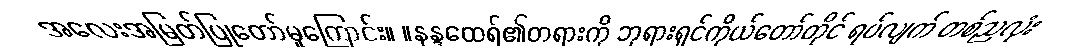
အလေးအမြတ်ပြုတော်မူကြောင်း။ ။နန္ဒထေရ်၏တရားကို ဘုရားရှင်ကိုယ်တော်တိုင် ရပ်လျက် တစ်ညလုံး